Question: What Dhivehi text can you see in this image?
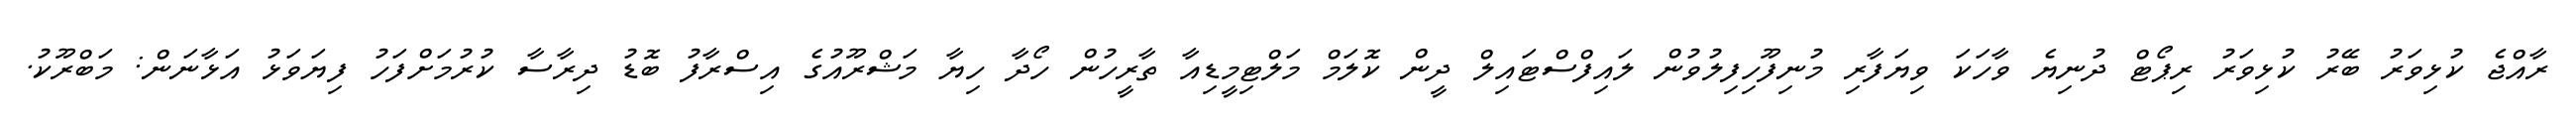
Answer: ރާއްޖެ ކުޅިވަރު ބޭރު ކުޅިވަރު ރިޕޯޓް ދުނިޔެ ވާހަކަ ވިޔަފާރި މުނިފޫހިފިލުވުން ލައިފްސްޓައިލް ދީން ކޮލަމް މަލްޓިމީޑިއާ ތާރީހުން ހޯދާ ހިޔާ މަޝްރޫއުގެ އިސްރާފު ބޮޑު ދިރާސާ ކުރުމަށްފަހު ފިޔަވަޅު އަޅާނަން: މަބްރޫކު.